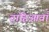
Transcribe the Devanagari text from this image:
दाहिआवाँ